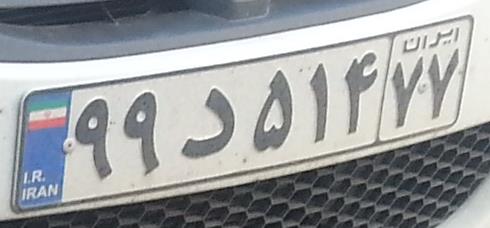
۹۹د۵۱۴۷۷